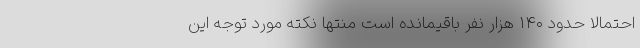
احتمالا حدود ۱۴۰ هزار نفر باقیمانده است منتها نکته‌ مورد توجه این